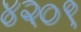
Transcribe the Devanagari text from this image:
४२०९